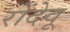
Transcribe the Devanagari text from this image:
रोंदेवू